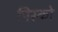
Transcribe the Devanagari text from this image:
पिस्को